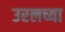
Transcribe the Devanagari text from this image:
उरलच्या